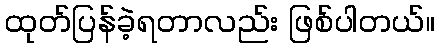
ထုတ်ပြန်ခဲ့ရတာလည်း ဖြစ်ပါတယ်။